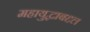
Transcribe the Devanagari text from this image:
महायुद्धाबद्दल